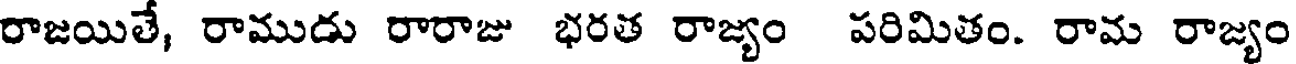
రాజయితే, రాముడు రారాజు భరత రాజ్యం పరిమితం. రామ రాజ్యం